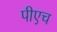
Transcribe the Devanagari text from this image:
पीएच